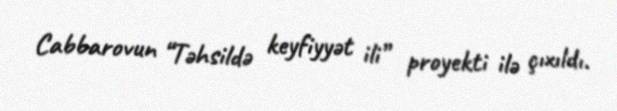
Cabbarovun “Təhsildə keyfiyyət ili” proyekti ilə çıxıldı.